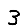
Digit: 3